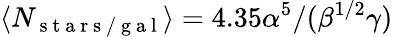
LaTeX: \langle N_{\mathrm{~s~t~a~r~s~/~g~a~l~}}\rangle=4.35\alpha^{5}/(\beta^{1/2}\gamma)